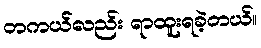
တကယ်လည်း ရာထူးရခဲ့တယ်။